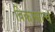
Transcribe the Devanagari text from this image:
विकासाचं